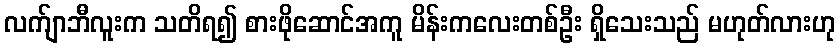
လက်ျာဘီလူးက သတိရ၍ စားဖိုဆောင်အကူ မိန်းကလေးတစ်ဦး ရှိသေးသည် မဟုတ်လားဟု